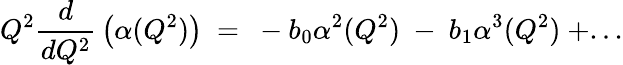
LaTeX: Q^{2}{\frac{d}{dQ^{2}}}\left(\alpha(Q^{2})\right){}~=~-b_{0}\alpha^{2}(Q^{2})~-~b_{1}\alpha^{3}(Q^{2})~+...